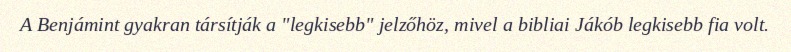
A Benjámint gyakran társítják a "legkisebb" jelzőhöz, mivel a bibliai Jákób legkisebb fia volt.